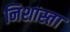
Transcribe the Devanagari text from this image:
निशास्ता